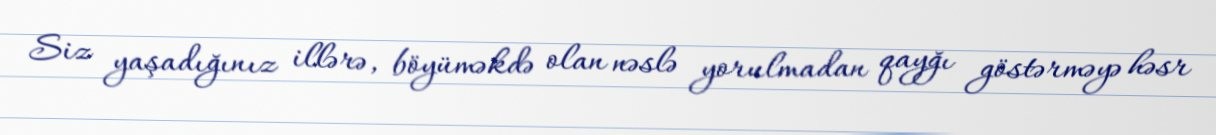
Siz yaşadığınız illərə, böyüməkdə olan nəslə yorulmadan qayğı göstərməyə həsr